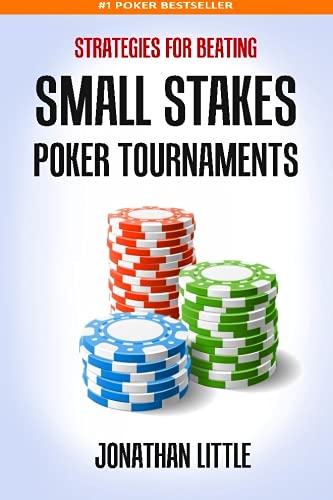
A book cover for Strategies for Beating Small Stakes Poker Tournaments; Jonathan Little; Humor & Entertainment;